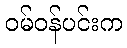
ဝမ်ဝန်ပင်းက